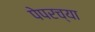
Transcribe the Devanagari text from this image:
पेपरच्या